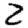
Digit: 2